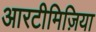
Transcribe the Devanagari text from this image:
आरटीमिज़िया